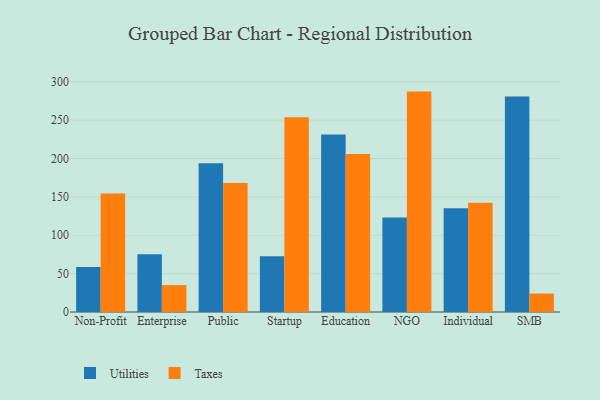
{"axis": {"x": "Segment", "y": "Conversion Rate (%)"}, "legend": ["Taxes", "Utilities"], "data": [{"x": "Non-Profit", "y": 58.5, "type": "Utilities"}, {"x": "Non-Profit", "y": 154.4, "type": "Taxes"}, {"x": "Enterprise", "y": 75.1, "type": "Utilities"}, {"x": "Enterprise", "y": 35.1, "type": "Taxes"}, {"x": "Public", "y": 193.8, "type": "Utilities"}, {"x": "Public", "y": 168.0, "type": "Taxes"}, {"x": "Startup", "y": 72.6, "type": "Utilities"}, {"x": "Startup", "y": 253.9, "type": "Taxes"}, {"x": "Education", "y": 231.2, "type": "Utilities"}, {"x": "Education", "y": 206.0, "type": "Taxes"}, {"x": "NGO", "y": 123.3, "type": "Utilities"}, {"x": "NGO", "y": 287.2, "type": "Taxes"}, {"x": "Individual", "y": 135.2, "type": "Utilities"}, {"x": "Individual", "y": 142.3, "type": "Taxes"}, {"x": "SMB", "y": 280.9, "type": "Utilities"}, {"x": "SMB", "y": 24.0, "type": "Taxes"}]}